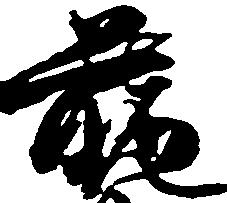
前